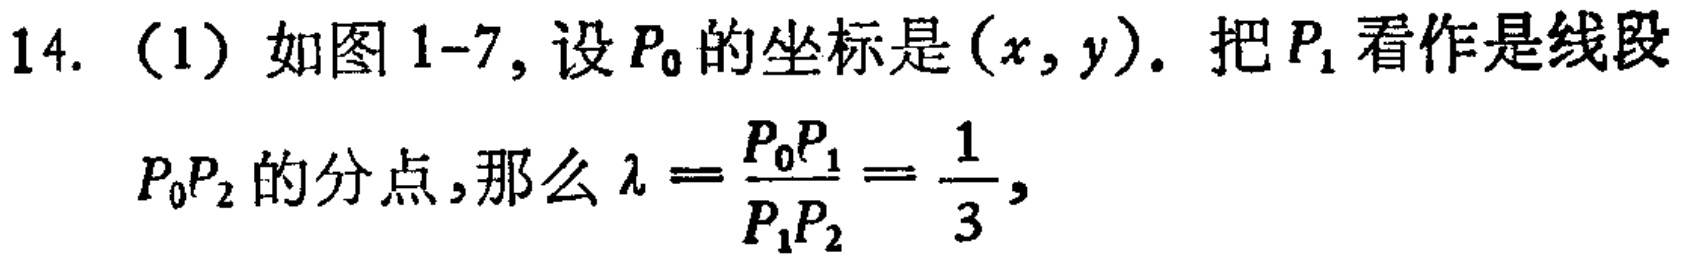
14. (1) 如图 1-7, 设 \(P_{0}\) 的坐标是 \((x,y)\). 把 \(P_{1}\) 看作是线段 \(P_{0}P_{2}\) 的分点,那么 \(\lambda=\frac{P_{0}P_{1}}{P_{1}P_{2}} = \frac{1}{3}\),